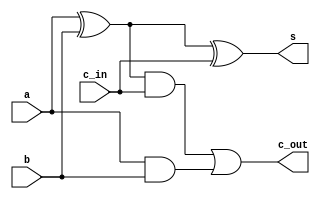
`timescale 10ns/1ns 

module sum1bit(s,c_out,a,b,c_in);
 input a,b,c_in;
 output s,c_out;
 wire s1,s2,c1;
 xor(s1,a,b);
 and(c1,a,b);
 xor(s,s1,c_in);
 and(c2,s1,c_in);
 or(c_out,c2,c1);
endmodule

module sum4bit(s,c_out,a,b,c_in);
 input[3:0] a,b;
 input c_in;
 output[3:0] s;
 output c_out;
 wire c1,c2,c3;
 sum1bit s0(s[0],c1,a[0],b[0],c_in);
 sum1bit s1(s[1],c2,a[1],b[1],c1); 
 sum1bit s2(s[2],c3,a[2],b[2],c2);
 sum1bit s3(s[3],c_out,a[3],b[3],c3);
endmodule


module simulare;
 reg[3:0] a,b;
 reg ci;
 wire [3:0] s;
 sum4bit suma(s,co,a,b,ci);
  initial
   begin
       a=4'd2; b=4'd3; ci=4'd1;
    #5 a=4'd9; b=4'd4; ci=4'd0;
    #5 a=4'd10; b=4'd11; ci=4'd1;
    #5 $finish;

  end

 initial
  $monitor("%d + %d + %d = S= %d  c0=%d",a,b,ci,s,co);
endmodule